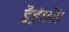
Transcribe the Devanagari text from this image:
हैइंग्लैंड